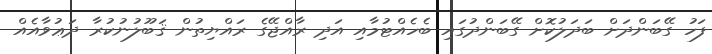
ފަހު ގޭބަންދަށް ބަދަލުކޮށް ގޭބަންދުގައި ބެހެއްޓުމާއި އަދި ރާއްޖޭގެ ރައްޔިތުން ޤަބޫލުނުކުރާ ދަޢުވާއެއް